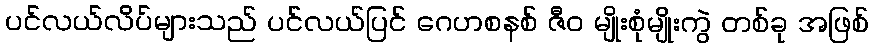
ပင်လယ်လိပ်များသည် ပင်လယ်ပြင် ဂေဟစနစ် ဇီဝ မျိုးစုံမျိုးကွဲ တစ်ခု အဖြစ်